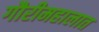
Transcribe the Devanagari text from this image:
गौरीमहालात